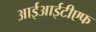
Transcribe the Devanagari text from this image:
आईआईटीएफ